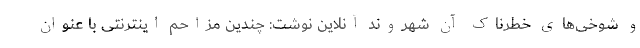
و شوخی‌های خطرناک آن شهروند آنلاین نوشت: چندین مزاحم اینترنتی با عنوان